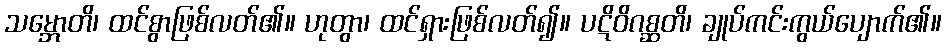
သမ္ဘောတိ၊ ထင်စွာဖြစ်လတ်၏။ ဟုတွာ၊ ထင်ရှားဖြစ်လတ်၍။ ပဋိဝိဂစ္ဆတိ၊ ချုပ်ကင်းကွယ်ပျောက်၏။